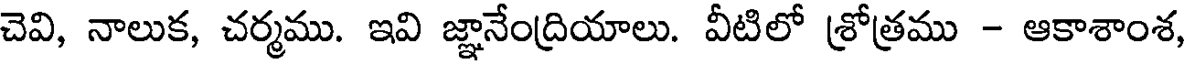
చెవి, నాలుక, చర్మము. ఇవి జ్ఞానేంద్రియాలు. వీటిలో శ్రోత్రము - ఆకాశాంశ,